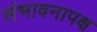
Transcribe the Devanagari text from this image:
संभावनापक्ष